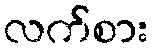
လက်စား